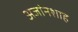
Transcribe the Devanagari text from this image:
अजांनशाह